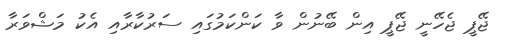
ޖޭޕީ ޖެހޭނީ ޖޭޕީ އިން ބޭނުން ވާ ކަންކަމުގައި ސަރުކާރާއި އެކު މަޝްވަރާ